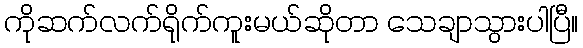
ကိုဆက်လက်ရိုက်ကူးမယ်ဆိုတာ သေချာသွားပါပြီ။